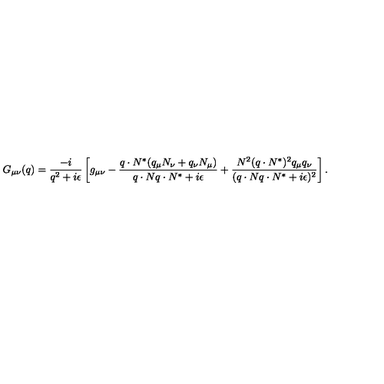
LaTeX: G _ { \mu \nu } ( q ) = \frac { - i } { q ^ { 2 } + i \epsilon } \left[ g _ { \mu \nu } - \frac { q \cdot N ^ { \ast } ( q _ { \mu } N _ { \nu } + q _ { \nu } N _ { \mu } ) } { q \cdot N q \cdot N ^ { \ast } + i \epsilon } + \frac { N ^ { 2 } ( q \cdot N ^ { \ast } ) ^ { 2 } q _ { \mu } q _ { \nu } } { ( q \cdot N q \cdot N ^ { \ast } + i \epsilon ) ^ { 2 } } \right] .